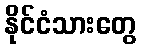
နိုင်ငံသားတွေ